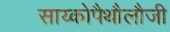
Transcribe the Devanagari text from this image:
साय्कोपैथौलौजी